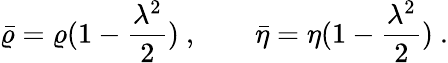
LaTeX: \bar{\varrho}=\varrho(1-\frac{\lambda^{2}}{2})~,\qquad\bar{\eta}=\eta(1-\frac{\lambda^{2}}{2})~.